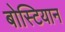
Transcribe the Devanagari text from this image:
बोस्टियान